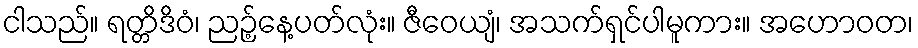
ငါသည်။ ရတ္တိဒိဝံ၊ ညဉ့်နေ့ပတ်လုံး။ ဇီဝေယျံ၊ အသက်ရှင်ပါမူကား။ အဟောဝတ၊